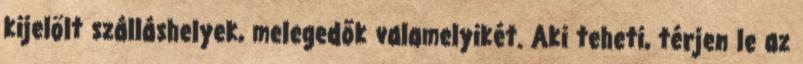
kijelölt szálláshelyek, melegedők valamelyikét. Aki teheti, térjen le az